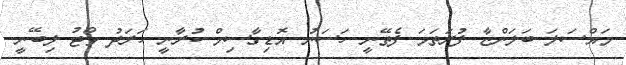
މައްސަލަ ބަލަންޏާ ފުރަތަމަ ފެތޭނީ ހަސަނު އޮޑިގާސިމް ކުރާނީ ހަރަދު ވޯޓު ލިބޭނީ